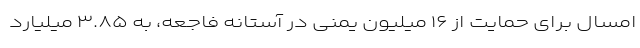
امسال برای حمایت از ۱۶ میلیون یمنی در آستانه فاجعه، به ۳.۸۵ میلیارد